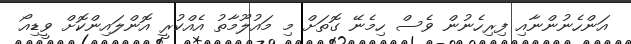
އަންހެނުންނާއި ފިރިހެނުން ވެސް ހިމެނޭ ގޮތަށް މި މައުލޫމާތު އެއްކުރީ އޮންލައިންކޮށް ވީޑިއޯ